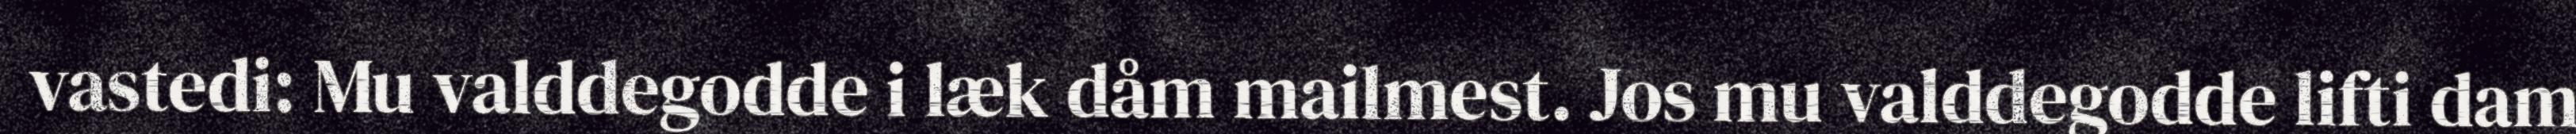
vastedi: Mu valddegodde i læk dåm mailmest. Jos mu valddegodde lifti dam